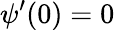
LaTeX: \psi^{\prime}(0)=0